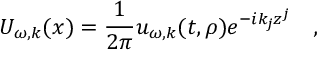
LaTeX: U _ { \omega , k } ( x ) = { \frac { 1 } { 2 \pi } } u _ { \omega , k } ( t , \rho ) e ^ { - i k _ { j } z ^ { j } } ~ ~ ~ ,